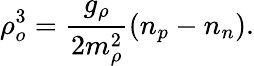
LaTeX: \rho_{o}^{3}=\frac{g_{\rho}}{2m_{\rho}^{2}}(n_{p}-n_{n}).